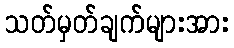
သတ်မှတ်ချက်များအား